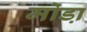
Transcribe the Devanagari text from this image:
मोडा़